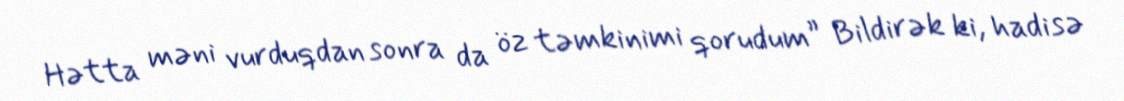
Hətta məni vurduqdan sonra da öz təmkinimi qorudum” Bildirək ki, hadisə